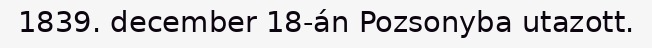
1839. december 18-án Pozsonyba utazott.